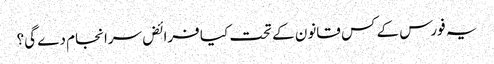
یہ فورس کے کس قانون کے تحت کیا فرائض سرانجام دے گی؟